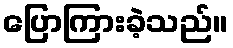
ပြောကြားခဲ့သည်။